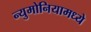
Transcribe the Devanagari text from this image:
न्युमोनियामध्ये